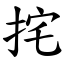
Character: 挓